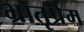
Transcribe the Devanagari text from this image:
भ्रातृप्रेम